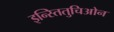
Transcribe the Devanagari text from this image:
इन्स्तितुचिओन